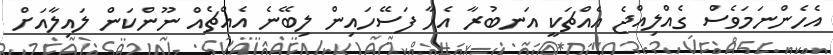
އެހެންނަމަވެސް ގެއްލިއްޖެ އެއްޗަކީ އަނބުރާ އެހާ ފަސޭހައިން ލިބޭނެ އެއްޗެއް ނޫންކަން ލައިލާއަށް